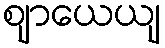
ဈာယေယျ